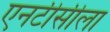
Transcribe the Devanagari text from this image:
एनटीसीला